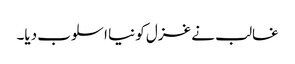
غالب نے غزل کو نیا اسلوب دیا۔